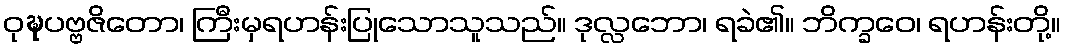
ဝုဍ္ဎပဗ္ဗဇိတော၊ ကြီးမှရဟန်းပြုသောသူသည်။ ဒုလ္လဘော၊ ရခဲ၏။ ဘိက္ခဝေ၊ ရဟန်းတို့။